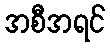
အစီအရင်